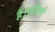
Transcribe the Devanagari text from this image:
हैं।दक्षिणी